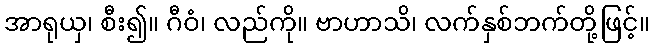
အာရုယှ၊ စီး၍။ ဂီဝံ၊ လည်ကို။ ဗာဟာသိ၊ လက်နှစ်ဘက်တို့ဖြင့်။